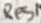
Text: Res1